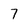
Character: 7